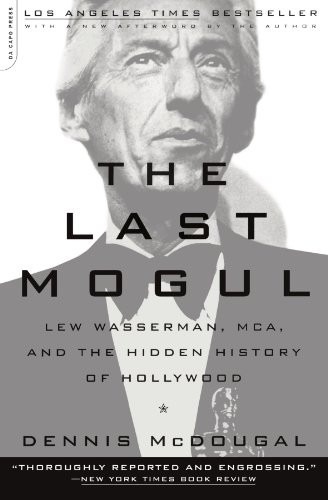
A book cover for The Last Mogul: Lew Wasserman, MCA, and the Hidden History of Hollywood; Dennis Mcdougal; Biographies & Memoirs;